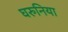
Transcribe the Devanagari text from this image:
घरुनिया